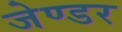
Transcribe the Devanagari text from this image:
जेण्डर